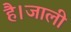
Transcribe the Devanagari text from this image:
है।जाली